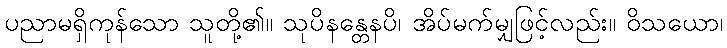
ပညာမရှိကုန်သော သူတို့၏။ သုပိနန္တေနပိ၊ အိပ်မက်မျှဖြင့်လည်း။ ဝိသယော၊